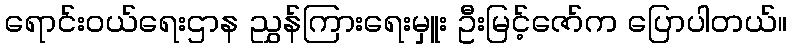
ရောင်းဝယ်ရေးဌာန ညွှန်ကြားရေးမှူး ဦးမြင့်ဇော်က ပြောပါတယ်။